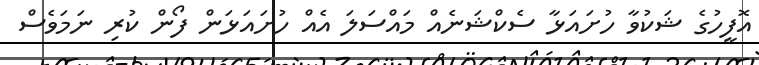
އޮފީހުގެ ޝަކުވާ ހުށައަޅާ ސެކްޝަނެއް މައްސަލަ އެއް ހުށައަޅަން ފޯން ކުރި ނަމަވެސް